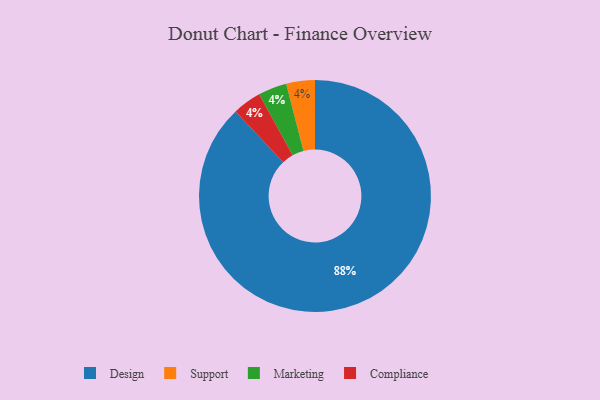
{"axis": {"x": "Category", "y": "Percentage"}, "legend": ["Compliance", "Design", "Marketing", "Support"], "data": [{"x": "Support", "y": 4, "type": "Support"}, {"x": "Marketing", "y": 4, "type": "Marketing"}, {"x": "Compliance", "y": 4, "type": "Compliance"}, {"x": "Design", "y": 88, "type": "Design"}]}